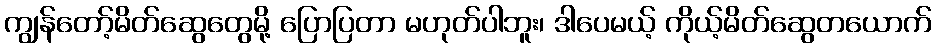
ကျွန်တော့်မိတ်ဆွေတွေမို့ ပြောပြတာ မဟုတ်ပါဘူး၊ ဒါပေမယ့် ကိုယ့်မိတ်ဆွေတယောက်